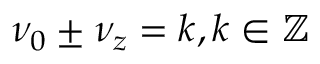
\nu _ { 0 } \pm \nu _ { z } = k , k \in \mathbb { Z }